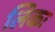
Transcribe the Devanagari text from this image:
लिकः